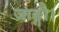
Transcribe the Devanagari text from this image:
जाङ्गौ।